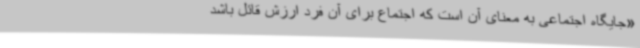
«جایگاه اجتماعی به معنای آن است که اجتماع برای آن فرد ارزش قائل باشد